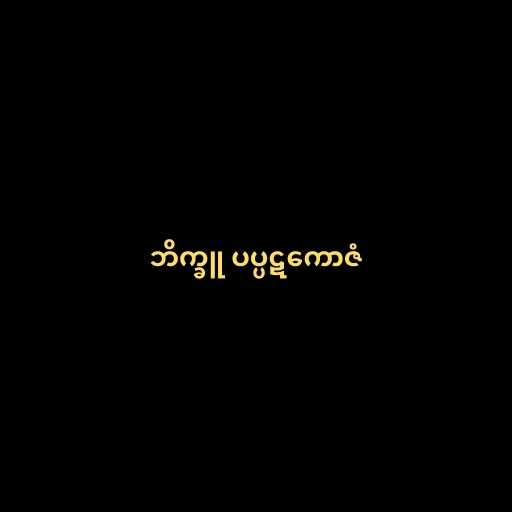
ဘိက္ခူ ပပ္ပဋကောဇံ